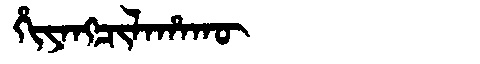
Manchu: ᡥᡳᠶᠠᠩᠴᡳᠯᠠᡥᠠᡴᡡ
Romanization: HIYANGCILAHAKŪ